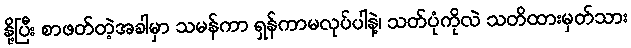
နို့ပြီး စာဖတ်တဲ့အခါမှာ သမန်ကာ ရှန်ကာမလုပ်ပါနဲ့၊ သတ်ပုံကိုလဲ သတိထားမှတ်သား